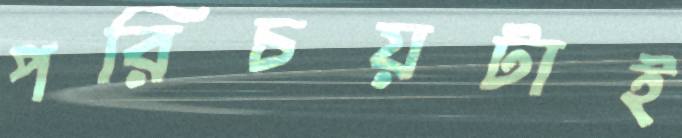
পরিচয়টাই